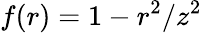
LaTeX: f(r)=1-r^{2}/z^{2}